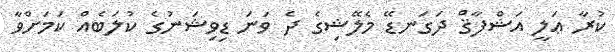
ކުރާ ޢަލީ އަޝްފާޤް ދަގަނޑޭ މެލޭޝިގެ ދެ ވަނަ ޑިވިޝަނުގެ ކުލަބެއް ކަމަށްވާ